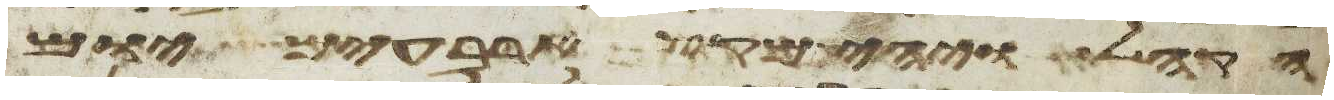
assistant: הקהל ויהי מקץ ארבעים יום